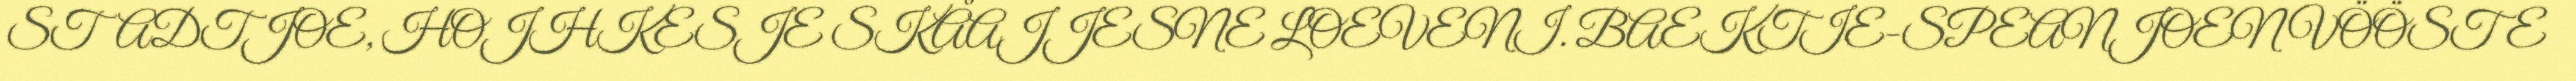
STADTJOE, HOJHKESJE SKÅAJJESNE LOEVENI. BAEKTIE-SPEANJOEN VÖÖSTE